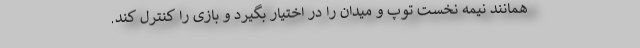
همانند نیمه نخست توپ و میدان را در اختیار بگیرد و بازی را کنترل کند.